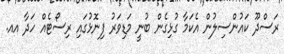
ރަސްދޫ ކައުންސިލުން އެކަމާ ގުޅިގެން ބުނީ މަޑިވަރު ފިނޮޅުގައި ރިސޯޓެއް ހަދާ އއ.